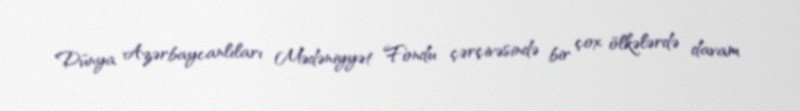
Dünya Azərbaycanlıları Mədəniyyət Fondu çərçivəsində bir çox ölkələrdə davam